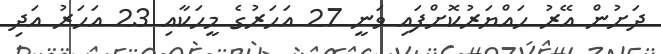
ދަށުން އޭރު ހައްޔަރުކޮށްފައި ވަނީ 27 އަހަރުގެ މީހަކާއި 23 އަހަރު އަދި